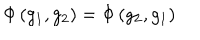
\Phi \left( g _ { 1 } , g _ { 2 } \right) = \Phi \left( g _ { 2 } , g _ { 1 } \right)